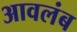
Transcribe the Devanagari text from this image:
आवलंब